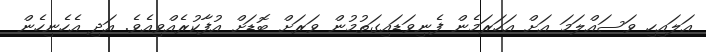
އަލައިހި ވަސައްލަމަ އަށް އަހަރަމެން ފެނިވަޑައިގަތުމުން ވަރަށް ބޮޑަށް އުފާކުރެއްވިއެވެ. އަދި އެހެނިހެން